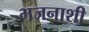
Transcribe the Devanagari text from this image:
भजनाशी